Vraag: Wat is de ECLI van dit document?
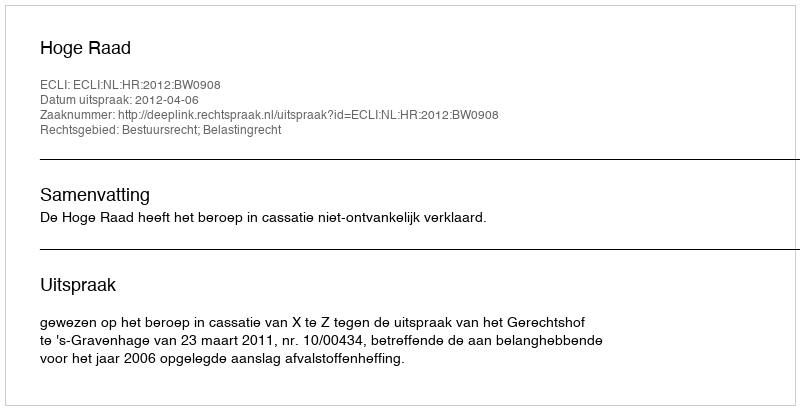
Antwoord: ECLI:NL:HR:2012:BW0908